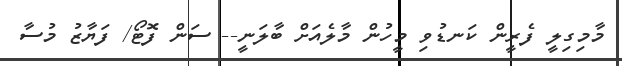
މާމިގިލީ ފެރީން ކަނޑުވި މީހުން މާލެއަށް ބާލަނީ-- ސަން ފޮޓޯ/ ފަޔާޒު މުސާ